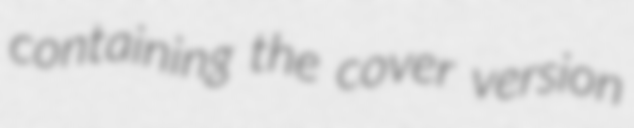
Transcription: containing the cover version